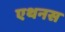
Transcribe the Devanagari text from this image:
एथनस